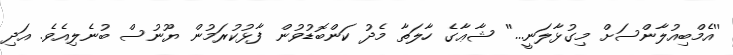
''އެމްބިއުލާންސަށް މިގުޅާލަނީ...'' ޝާޢާގެ ހާލަތާ މެދު ކަންބޮޑުވުން ފާޅުކުރަމުން ޔޫނުސް ބުނެލިއެވެ. އަދި